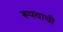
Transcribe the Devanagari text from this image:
रूपयाची